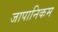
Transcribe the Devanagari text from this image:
जापानिकम